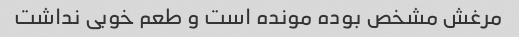
مرغش مشخص بوده مونده است و طعم خوبی نداشت